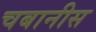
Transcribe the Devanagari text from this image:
चबानीस